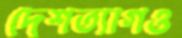
দেশত্যাগও